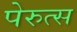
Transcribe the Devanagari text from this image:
पेरुत्स